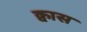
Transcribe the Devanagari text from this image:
क्वास